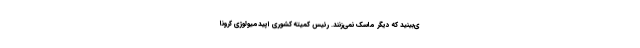
ی‌بینید که دیگر ماسک نمی‌زنند. رئیس کمیته کشوری اپیدمیولوژی کرونا